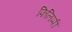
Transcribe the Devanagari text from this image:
फिलिप्पी